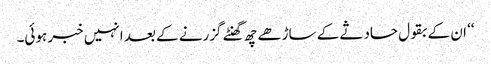
‘‘ ان کے بقول حادثے کے ساڑھے چھ گھنٹے گزرنے کے بعد انہیں خبر ہوئی۔